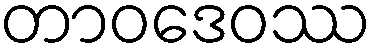
တာဝဒေဝဿ